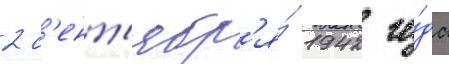
2 с'ент'ябр'я́ 1942 го́да